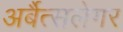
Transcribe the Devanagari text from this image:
अर्बैत्सलेगर